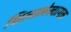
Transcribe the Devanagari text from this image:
शिलालेखात्‍मक